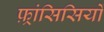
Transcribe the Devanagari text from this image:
फ़्रांसिसियों